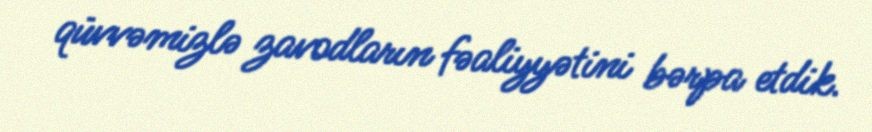
qüvvəmizlə zavodların fəaliyyətini bərpa etdik.